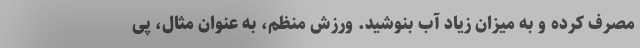
مصرف کرده و به میزان زیاد آب بنوشید. ورزش منظم، به عنوان مثال، پی